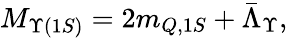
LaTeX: M_{\Upsilon(1S)}=2m_{Q,1S}+\bar{\Lambda}_{\Upsilon},